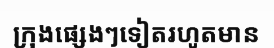
ក្រុងផ្សេងៗទៀតរហូតមាន